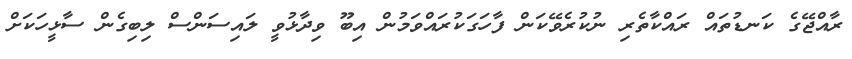
ރާއްޖޭގެ ކަނޑުތައް ރައްކާތެރި ނުކުރެވޭކަން ފާހަގަކުރައްވަމުން އިބޫ ވިދާޅުވީ ލައިސަންސް ލިބިގެން ސާޅީހަކަށް